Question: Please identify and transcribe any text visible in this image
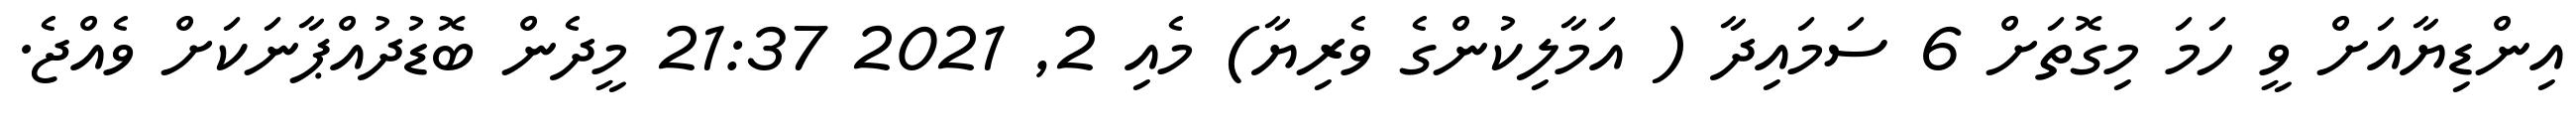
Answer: އިންޑިޔާއަށް ވީ ހަމަ މިގޮތަށް 6 ސަމައިދާ ( އަމާލިކުންގެ ވެރިޔާ) މެއި 2, 2021 21:37 މީދެން ބޮޑުދުއްޕާނަކަށް ވެއްޖެ.